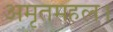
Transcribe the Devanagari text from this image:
अमृतमहल।